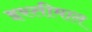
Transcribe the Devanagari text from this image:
इस्तीमाल